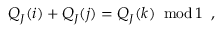
Q _ { J } ( i ) + Q _ { J } ( j ) = Q _ { J } ( k ) \; \; \mathrm { m o d } \, 1 \; \; ,